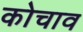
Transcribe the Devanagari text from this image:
कोचाव